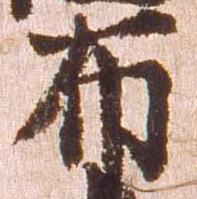
布